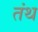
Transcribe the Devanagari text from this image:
तंथ